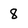
Character: 8